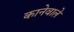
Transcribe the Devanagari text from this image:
कानेवाले